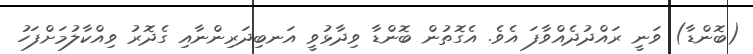
(ބޮންޑާ) ވަނީ ރައްދުދެއްވާފަ އެވެ. އެގޮތުން ބޮންޑާ ވިދާޅުވީ އަނބިދަރިންނާއި ގެދޮރު ވިއްކާލުމަށްފަހު